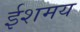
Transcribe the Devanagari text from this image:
ईशमय